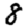
Digit: 8